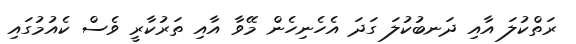
ރަތްކުލަ އާއި ދަނބުކުލަ ގަދަ އެހެނިހެން މޭވާ އާއި ތަރުކާރީ ވެސް ކެއުމުގައި